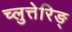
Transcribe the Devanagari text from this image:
च्लुत्तेरिङ्